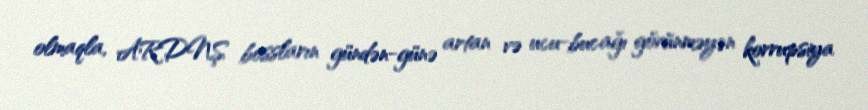
olmaqla, ARDNŞ bossların gündən-günə artan və ucu-bucağı görünməyən korrupsiya